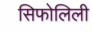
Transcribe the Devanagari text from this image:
सिफोलिली